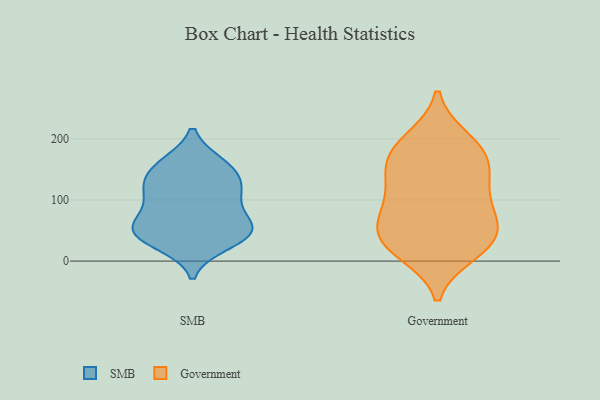
{"axis": {"x": "Revenue (USD Million)", "y": "Value"}, "legend": ["Government", "SMB"], "data": [{"x": "", "y": 158, "type": "SMB"}, {"x": "", "y": 126, "type": "SMB"}, {"x": "", "y": 150, "type": "SMB"}, {"x": "", "y": 46, "type": "SMB"}, {"x": "", "y": 116, "type": "SMB"}, {"x": "", "y": 29, "type": "SMB"}, {"x": "", "y": 156, "type": "SMB"}, {"x": "", "y": 66, "type": "SMB"}, {"x": "", "y": 46, "type": "SMB"}, {"x": "", "y": 59, "type": "SMB"}, {"x": "", "y": 41, "type": "SMB"}, {"x": "", "y": 109, "type": "SMB"}, {"x": "", "y": 54, "type": "SMB"}, {"x": "", "y": 104, "type": "SMB"}, {"x": "", "y": 156, "type": "Government"}, {"x": "", "y": 189, "type": "Government"}, {"x": "", "y": 185, "type": "Government"}, {"x": "", "y": 52, "type": "Government"}, {"x": "", "y": 97, "type": "Government"}, {"x": "", "y": 22, "type": "Government"}, {"x": "", "y": 71, "type": "Government"}, {"x": "", "y": 87, "type": "Government"}, {"x": "", "y": 199, "type": "Government"}, {"x": "", "y": 125, "type": "Government"}, {"x": "", "y": 156, "type": "Government"}, {"x": "", "y": 142, "type": "Government"}, {"x": "", "y": 14, "type": "Government"}, {"x": "", "y": 30, "type": "Government"}, {"x": "", "y": 56, "type": "Government"}, {"x": "", "y": 30, "type": "Government"}]}